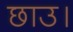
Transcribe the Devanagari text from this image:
छाउ।